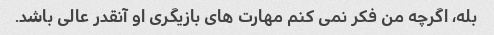
بله، اگرچه من فکر نمی کنم مهارت های بازیگری او آنقدر عالی باشد.